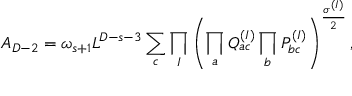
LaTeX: { \cal A } _ { D - 2 } = \omega _ { s + 1 } L ^ { D - s - 3 } \sum _ { c } \prod _ { I } \left( \prod _ { a } Q _ { a c } ^ { ( I ) } \prod _ { b } P _ { b c } ^ { ( I ) } \right) ^ { \frac { \sigma ^ { ( I ) } } { 2 } } ,